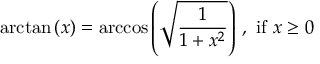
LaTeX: \arctan \left( x \right) = \operatorname { a r c c o s } \left( { \sqrt { \frac { 1 } { 1 + x ^ { 2 } } } } \right) \, , { \mathrm { ~ i f ~ } } x \geq 0